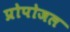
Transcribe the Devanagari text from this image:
प्रोपोजल